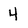
Character: 4